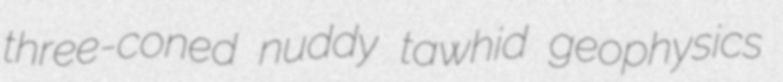
three-coned nuddy tawhid geophysics